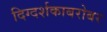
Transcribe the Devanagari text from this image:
दिग्दर्शकाबरोबर